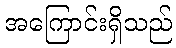
အကြောင်းရှိသည်